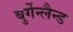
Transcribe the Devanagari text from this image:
बुर्गेन्लैन्ड